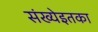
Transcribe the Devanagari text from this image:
संख्येइतका